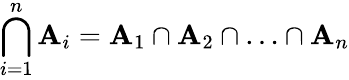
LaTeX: \bigcap_{i=1}^{n}\mathbf{A}_{i}=\mathbf{A}_{1}\cap\mathbf{A}_{2}\cap\ldots\cap\mathbf{A}_{n}